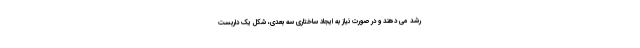
رشد می دهند و در صورت نیاز به ایجاد ساختاری سه بعدی، شکل یک داربست